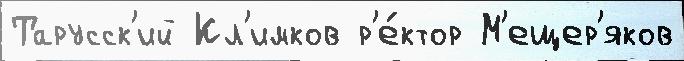
Тарусск'ий Кл'имков р'е́ктор М'ещер'яков